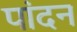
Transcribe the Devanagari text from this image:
पांदन